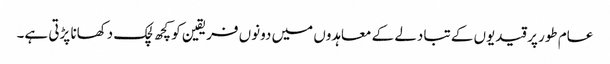
عام طور پر قیدیوں کے تبادلے کے معاہدوں میں دونوں فریقین کو کچھ لچک دکھانا پڑتی ہے۔